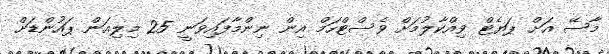
މާސޭ އަށް ޕަޔެޓް ވިއްކާލުމަށް ވެސްޓްހަމް އިން ނިންމާފައިވަނީ 25 މިލިއަން ޕައުންޑަށް